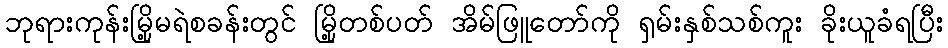
ဘုရားကုန်းမြို့မရဲစခန်းတွင် မြို့တစ်ပတ် အိမ်ဖြူတော်ကို ရှမ်းနှစ်သစ်ကူး ခိုးယူခံရပြီး